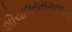
શૌચાલયસગવળની